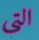
التي